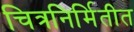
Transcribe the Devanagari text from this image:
चित्रनिर्मितीत